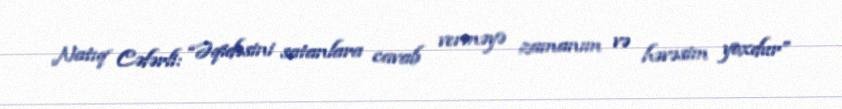
Natıq Cəfərli: “Əqidəsini satanlara cavab verməyə zamanım və həvəsim yoxdur”